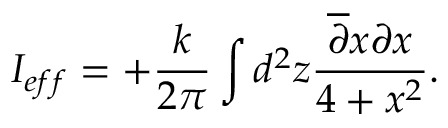
I _ { e f f } = + \frac { k } { 2 \pi } \int d ^ { 2 } z \frac { \overline { { { \partial } } } x \partial x } { 4 + x ^ { 2 } } .